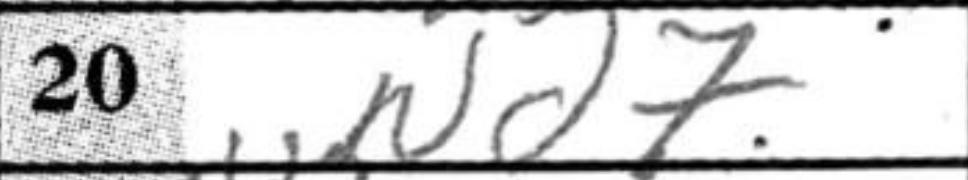
Transcription: Nd7